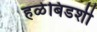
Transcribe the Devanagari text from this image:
हळेबिडशी